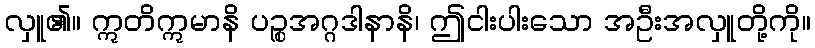
လှူ၏။ ဣတိဣမာနိ ပဉ္စအဂ္ဂဒါနာနိ၊ ဤငါးပါးသော အဦးအလှူတို့ကို။